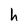
Character: h